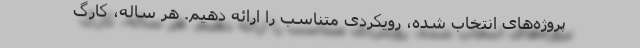
پروژه‌های انتخاب شده، رویکردی متناسب را ارائه دهیم. هر ساله، کارگ